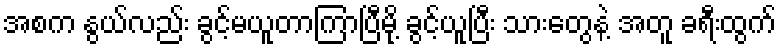
အစက နွယ်လည်း ခွင့်မယူတာကြာပြီမို့ ခွင့်ယူပြီး သားတွေနဲ့ အတူ ခရီးထွက်